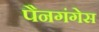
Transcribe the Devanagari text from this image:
पैनगंगेस